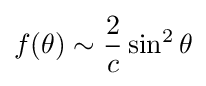
f(\theta )\sim {\frac {2}{c}}\sin ^{2}\theta